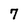
Character: 7